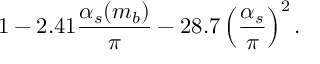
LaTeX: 1 - 2 . 4 1 \frac { \alpha _ { s } ( m _ { b } ) } { \pi } - 2 8 . 7 \left( \frac { \alpha _ { s } } { \pi } \right) ^ { 2 } .